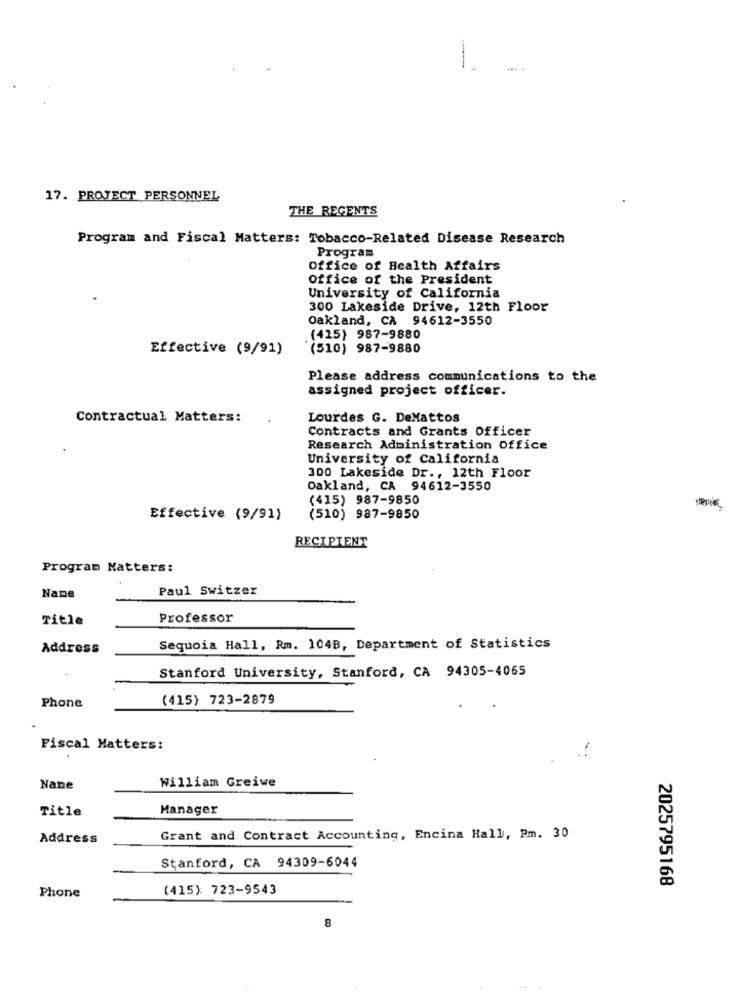
17. PROJECT PERSONNEL
THE REGENTS
Program and Fiscal Matters: Tobacco-Related Disease Research
Program
Office of Health Affairs
office of the President
University of California
300 Lakeside Drive, 12th Floor
Oakland, CA 94612-3550
(415) 987-9880
Effective (9/91)
(510) 987-9880
Please address communications to the
assigned project officer.
Contractual Matters:
Lourdes G. DeMattos
Contracts and Grants Officer
Research Administration Office
University of California
300 Lakeside Dr ., 12th Floor
Oakland, CA 94612-3550
(415) 987-9850
Effective (9/91)
(510) 987-9850
RECIPIENT
Program Matters:
Paul Switzer
Name
Title
Professor
Address
Sequoia Hall, Rm. 104B, Department of Statistics
Stanford University, Stanford, CA 94305-4065
(415) 723-2879
Phone
Fiscal Matters:
William Greiwe
Nane
Title
Manager
Address
Grant and Contract Accounting, Encina Hall, Pm. 30
Stanford, CA 94309-6044
2025795168
(415): 723-9543
Phone